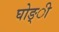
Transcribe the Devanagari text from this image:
घोङ्ी